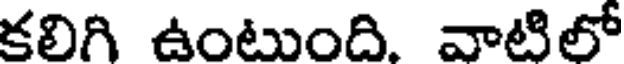
కలిగి ఉంటుంది. వాటిలో